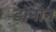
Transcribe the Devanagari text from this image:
डोनान